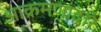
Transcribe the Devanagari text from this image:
आक्रमणाद्वारे